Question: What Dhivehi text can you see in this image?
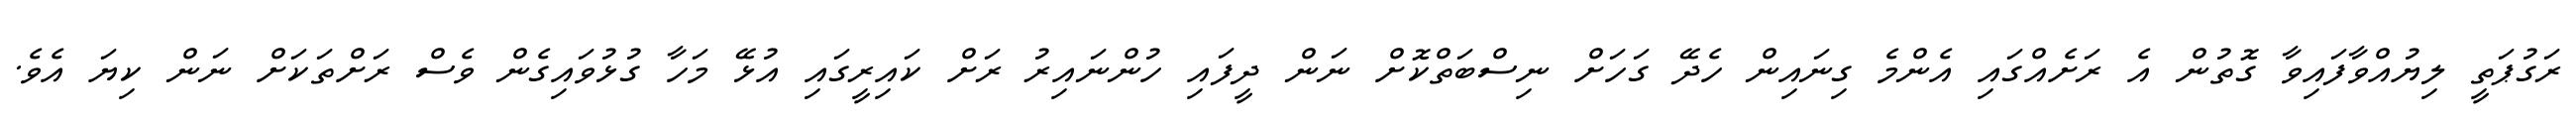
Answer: ރަގުޕަތީ ލިޔުއްވާފައިވާ ގޮތުން އެ ރަށެއްގައި އެންމެ ގިނައިން ހެދޭ ގަހަށް ނިސްބަތްކޮށް ނަން ދީފައި ހުންނައިރު ރަށް ކައިރީގައި އުޅޭ މަހާ ގުޅުވައިގެން ވެސް ރަށްތަކަށް ނަން ކިޔަ އެވެ.